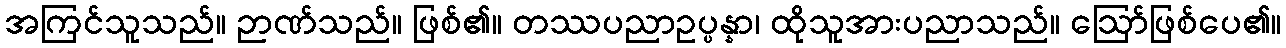
အကြင်သူသည်။ ဉာဏ်သည်။ ဖြစ်၏။ တဿပညာဥပ္ပန္နာ၊ ထိုသူအားပညာသည်။ ဩော်ဖြစ်ပေ၏။